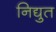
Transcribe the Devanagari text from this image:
निद्युत